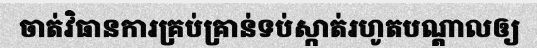
ចាត់វិធានការគ្រប់គ្រាន់ទប់ស្កាត់រហូតបណ្តាលឲ្យ